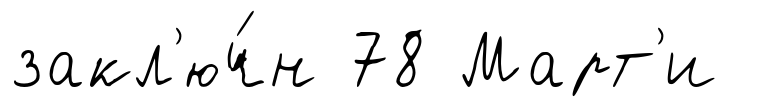
закл'юч́н 78 Март'и